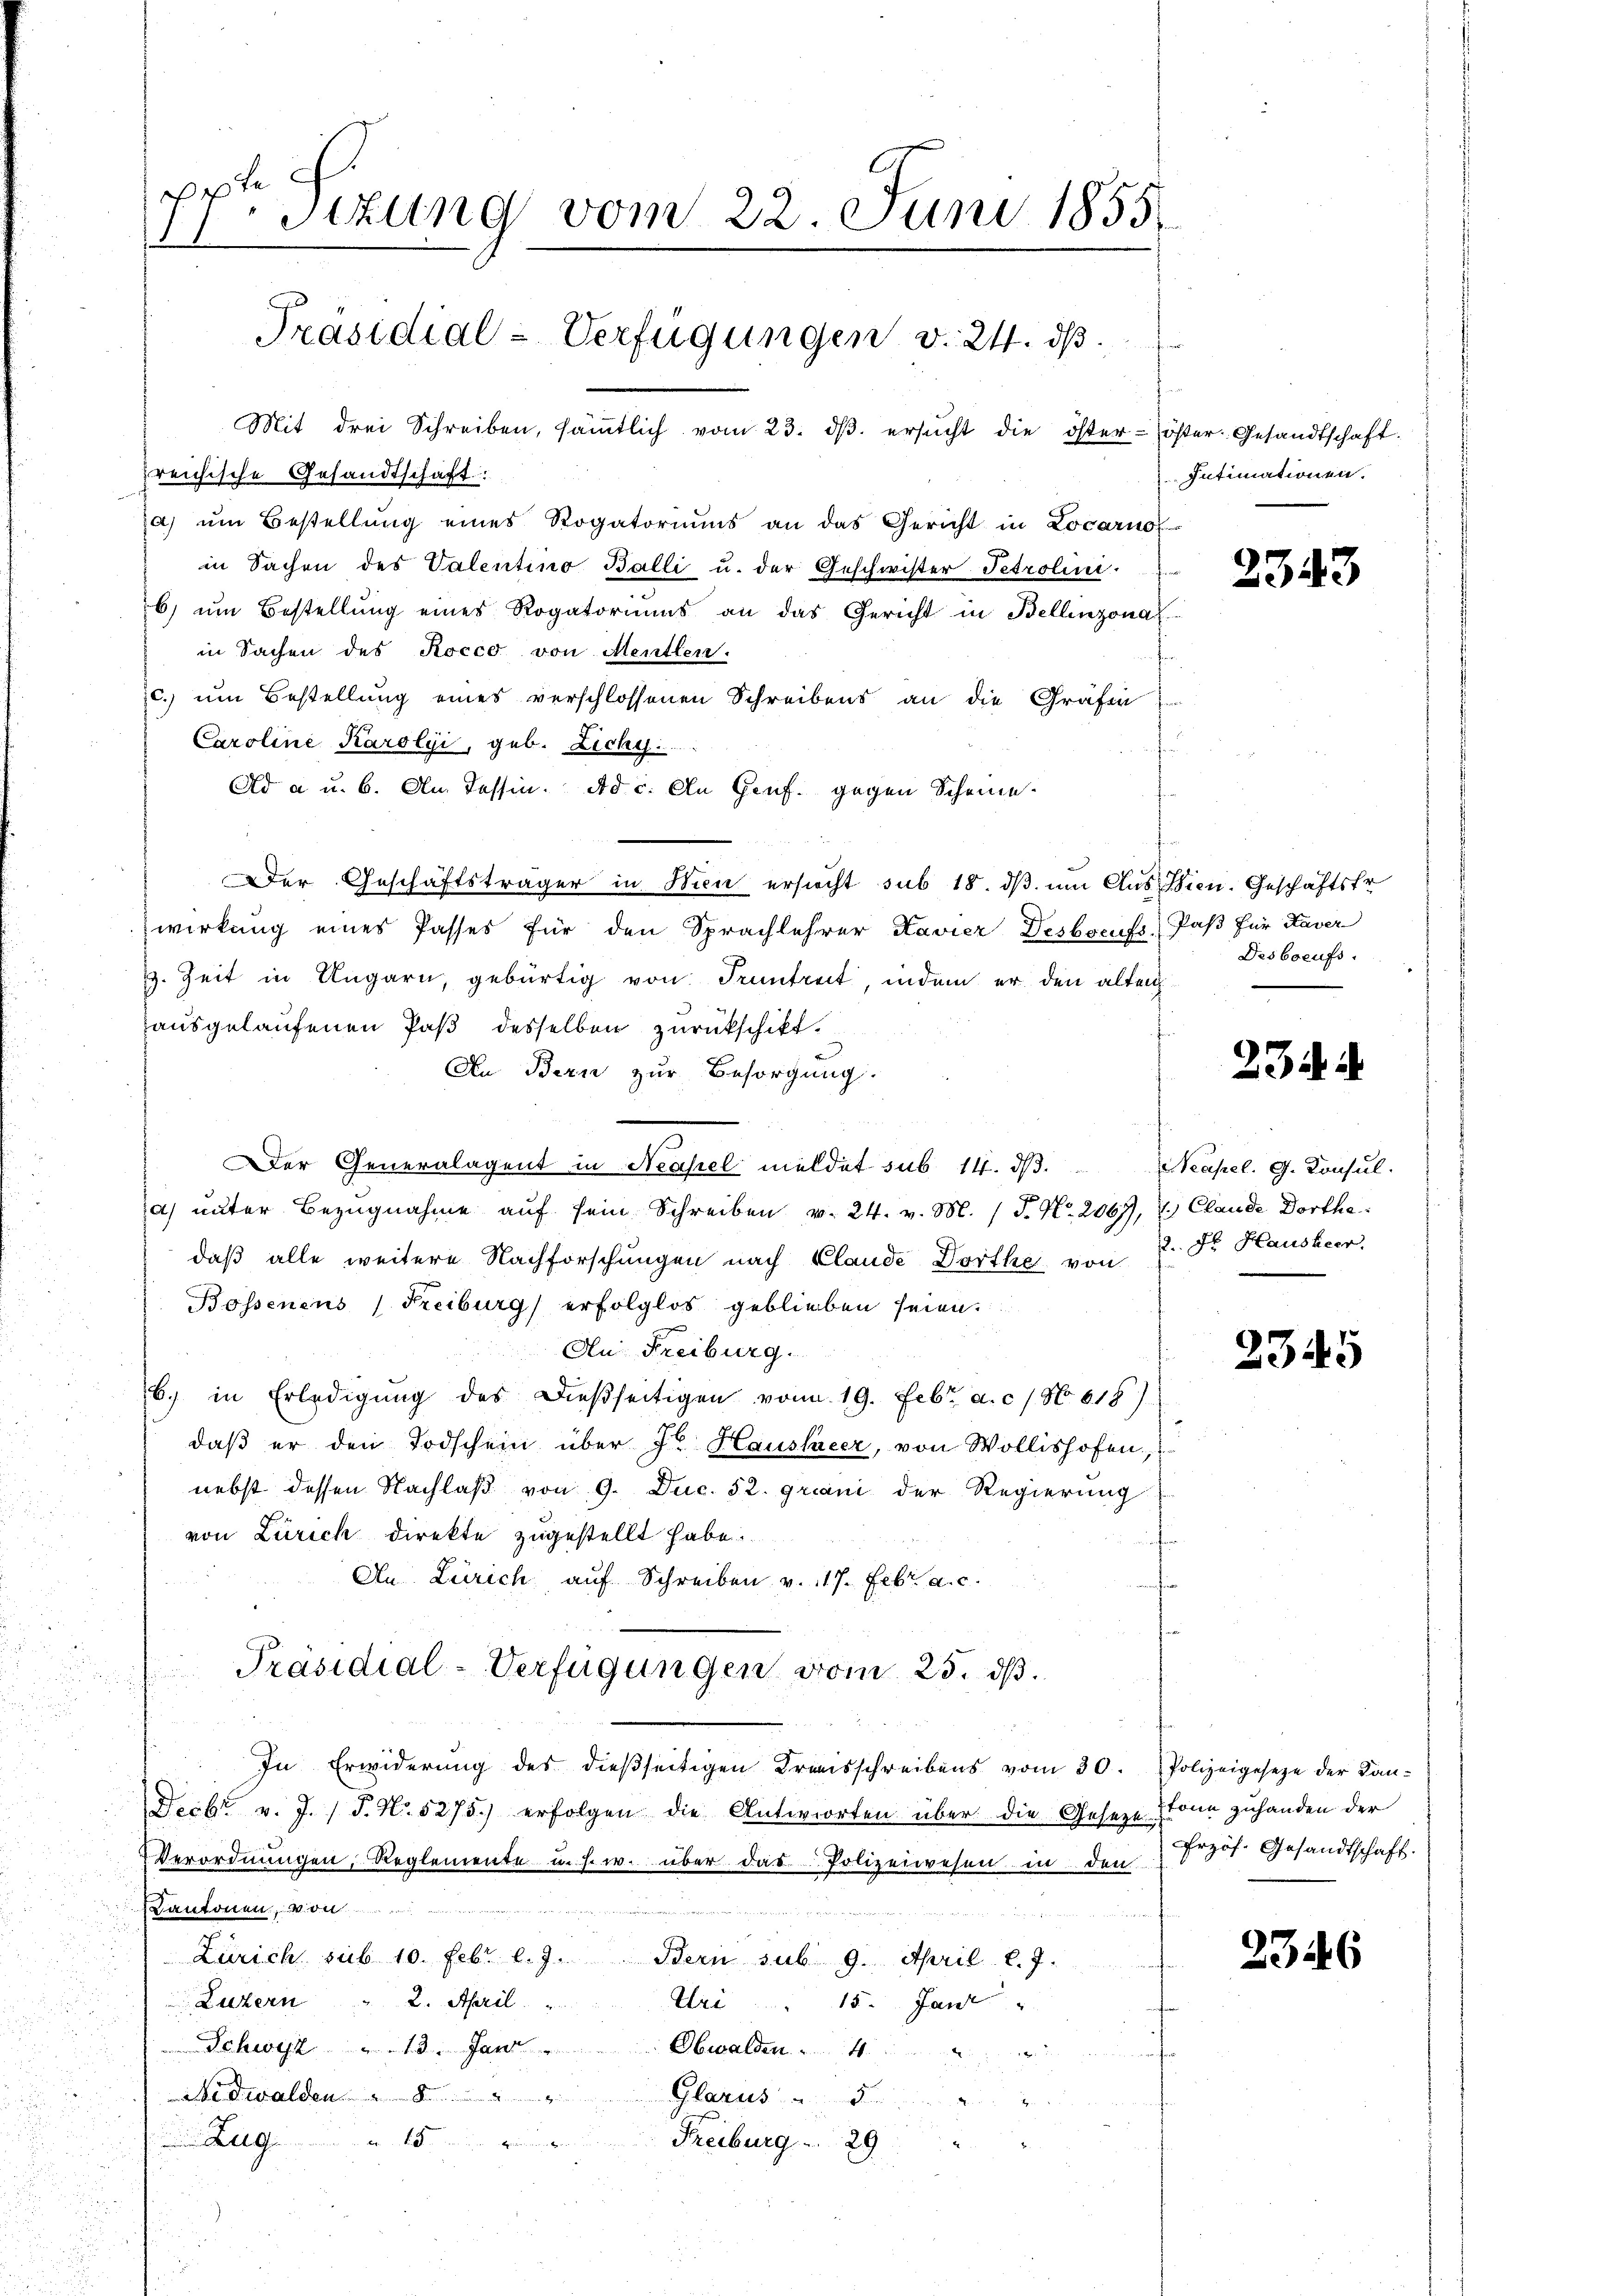
fe
p
n
Sizung vom 22. Juni 1855
1
Präsidial-Verfügungen v. 24. dβ
Mit drei Schreiben, säṁtlich vom 23. dβ. ersŭcht die öster- öster. Gesandtschaft.
reichische Gesandtschaft:
a) um Bestellung eines Rogatoriums an das Gericht in Locarno

in Sachen des Valentino Balli u. der Geschwister Petrolini.
b) um Bestellung eines Rogatoriums an das Gericht in Bellinzona
in Sachen des Rocco von Mentlen.
c.) um Bestellung eines verschlossenen Schreibens an die Grafen
Caroline Karolyi, geb. Zichy.
f
Ad a u. 6. Am Tessin. Ad c. An Genf. gegen Scheine
Der Geschäftsträger in Wien ersucht sub 18. dβ um Aus Wien. Geschäftsfr
wirkung eines Passes für den Sprachlehrer Kavier Desborufs Paß für Kaver
. Zeit in Ungarn, gebürtig von Truntreit, indem er den alten
ausgelaufenen Paß desselben zurückschikt.
An Bern zur Besorgung.
 2
er Generalagent in Neapel meldet sub 14. d.
a) unter Bezugnahme aŭf sein Schreiben v. 24. v. M. (T. N. 2067), E. Claude Dorthe
daß alle weitere Nachforschungen nach Claude Dorthe von 2. Dr. Hausheer,
Bossenens (Freiburg erfolglos geblieben seien.
An Freiburg.
6. in Erledigŭng des dießseitigen vom 19. Febr. a. c. No. 618)
daβ er den Todschein über 3te Hausheer, von Wollishofen,
nebst dessen Nachlaß von 9. Duc. 52. Griani der Regierung
von Zürich direkte zugestellt habe.
An Zürich auf Schreiben v. 117. Febr. a. c.
Präsidial-Verfügungen vom 25. ds.
In Erwiderŭng des dieβseitigen Kreisschreibens vom 30. Polizeigeseze der Kan-
Fecbr v. J. J. N. 5275.) erfolgen die Antworten über die Gesezt.
Verordnungen, Reglemente u. s. w. über das Polizeiwesen in den
Kantonen, von
 2
Zürich, sub 10. Febr. l. J. Bern sub 9. April l. 7.
2. April
Luzern
Uri " 15. Janz
.
Schwyz " 13. Jan
Obwalden
i
dwalden
Glarus
G
Freiburg . . 29
u

Intimationen.

Desborufs.

2343

234.

Neapel. G. Konsul

2345

2346

tonn zuhanden der
rzös. Gesandtschaft.